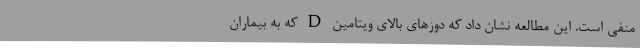
منفی است. این مطالعه نشان داد که دوزهای بالای ویتامین D که به بیماران